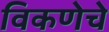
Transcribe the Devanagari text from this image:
विकणेचे